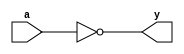

// Module for Boolean Inverter Gate
// sprsr
////////////////////////////////////////////////
module INVERTER_GATE(input a, output y);
    assign y = !a;
endmodule